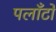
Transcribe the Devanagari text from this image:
पलाँटों